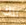
تلك